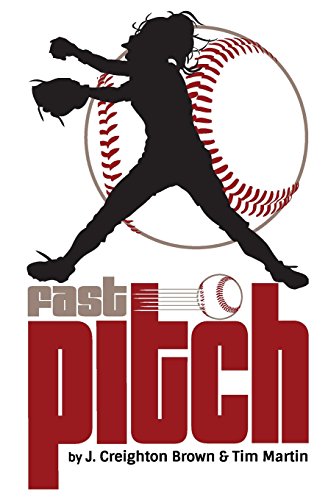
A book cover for Fast Pitch; Tim Martin; Teen & Young Adult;